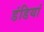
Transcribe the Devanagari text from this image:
डंडियां